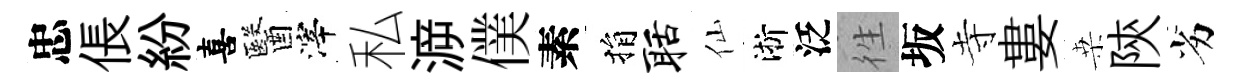
忠倀紛喜醫滓私㴑僕素捐聒仙淅泛徃坂寺婁桒陝劣